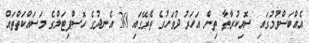
އެއްބަސްވުމުގައި ސޮއިކުރާތާ ތިން އަހަރު ދުވަހުގެ ތެރޭގައި 30 އެނދުގެ ހޮސްޕިޓަލްގެ މަސައްކަތްތައް